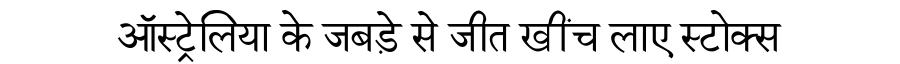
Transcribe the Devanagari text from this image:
ऑस्ट्रेलिया के जबड़े से जीत खींच लाए स्टोक्स